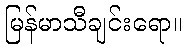
မြန်မာသီချင်းရော။